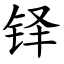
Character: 铎